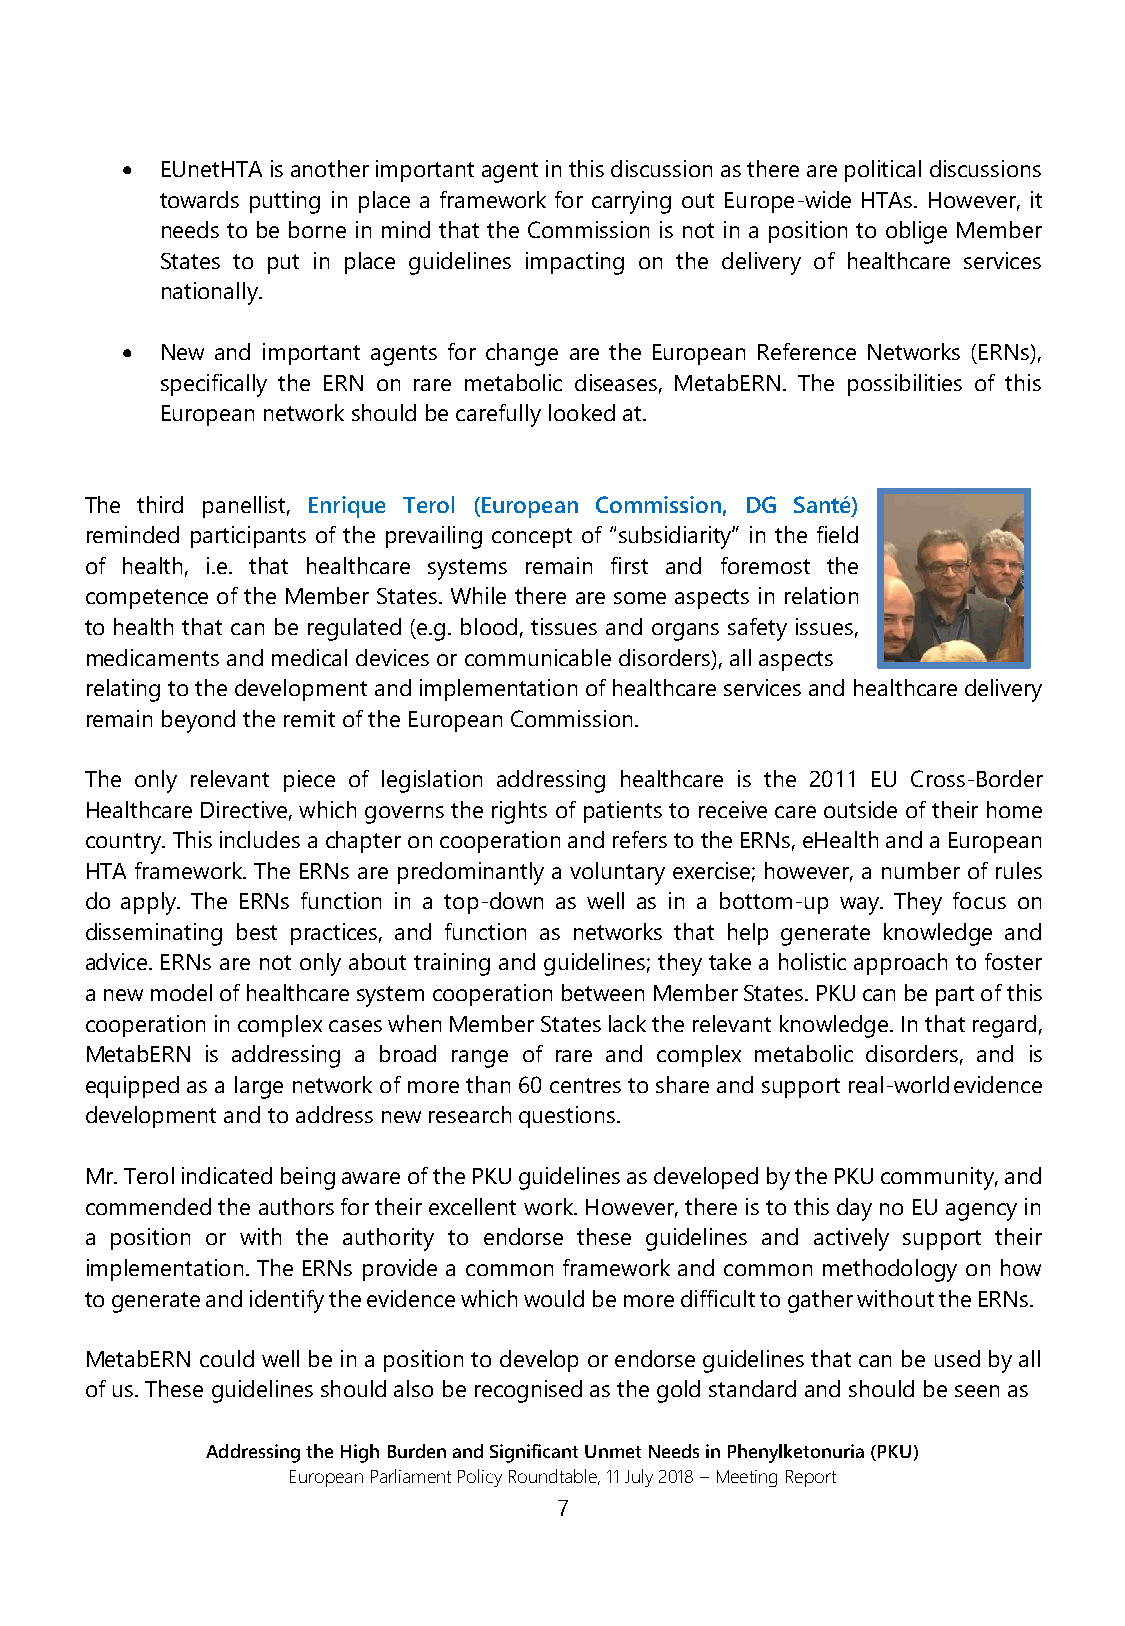
•  EUnetHTA is another important agent in this discussion as there are political discussions
 towards putting in place a framework for carrying out Europe-wide HTAs. However, it
 needs to be borne in mind that the Commission is not in a position to oblige Member
 States to put in place guidelines impacting on the delivery of healthcare services
 nationally.
 •  New and important agents for change are the European Reference Networks (ERNs),
 specifically the ERN on rare metabolic diseases, MetabERN. The possibilities of this
 European network should be carefully looked at.
 The third panellist, Enrique Terol (European Commission, DG Santé)
 reminded participants of the prevailing concept of “subsidiarity” in the field
 of health, i.e. that healthcare systems remain first and foremost the
 competence of the Member States. While there are some aspects in relation
 to health that can be regulated (e.g. blood, tissues and organs safety issues,
 medicaments and medical devices or communicable disorders), all aspects
 relating to the development and implementation of healthcare services and healthcare delivery
 remain beyond the remit of the European Commission.
 The only relevant piece of legislation addressing healthcare is the 2011 EU Cross-Border
 Healthcare Directive, which governs the rights of patients to receive care outside of their home
 country. This includes a chapter on cooperation and refers to the ERNs, eHealth and a European
 HTA framework. The ERNs are predominantly a voluntary exercise; however, a number of rules
 do apply. The ERNs function in a top-down as well as in a bottom-up way. They focus on
 disseminating best practices, and function as networks that help generate knowledge and
 advice. ERNs are not only about training and guidelines; they take a holistic approach to foster
 a new model of healthcare system cooperation between Member States. PKU can be part of this
 cooperation in complex cases when Member States lack the relevant knowledge. In that regard,
 MetabERN is addressing a broad range of rare and complex metabolic disorders, and is
 equipped as a large network of more than 60 centres to share and support real-world evidence
 development and to address new research questions.
 Mr. Terol indicated being aware of the PKU guidelines as developed by the PKU community, and
 commended the authors for their excellent work. However, there is to this day no EU agency in
 a position or with the authority to endorse these guidelines and actively support their
 implementation. The ERNs provide a common framework and common methodology on how
 to generate and identify the evidence which would be more difficult to gather without the ERNs.
 MetabERN could well be in a position to develop or endorse guidelines that can be used by all
 of us. These guidelines should also be recognised as the gold standard and should be seen as
 Addressing the High Burden and Significant Unmet Needs in Phenylketonuria (PKU)
 European Parliament Policy Roundtable, 11 July 2018 – Meeting Report
 7